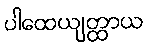
ပါထေယျတ္ထာယ